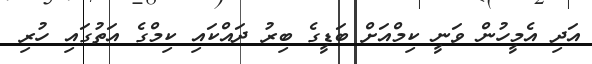
އަދި އެމީހުން ވަނީ ކިމްއަށް ބަޑީގެ ބިރު ދައްކައި ކިމްގެ އަތުގައި ހުރި